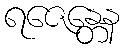
ရဇေန္တေန